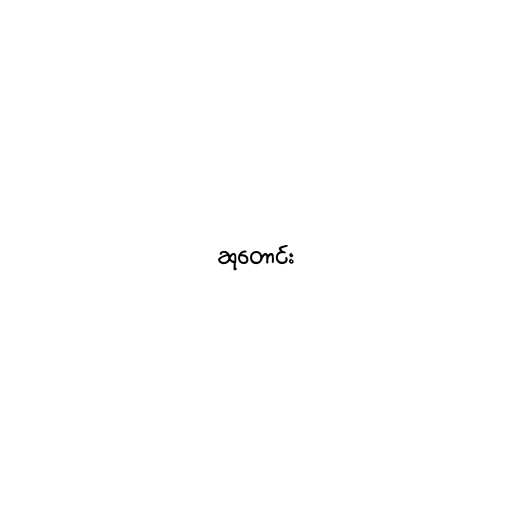
ဆုတောင်း